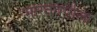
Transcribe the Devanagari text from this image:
भारतवर्षाला